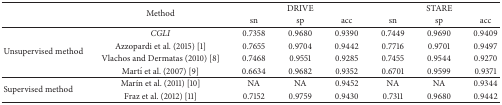
| <ROWSPAN=2>  | <ROWSPAN=2> Method | <COLSPAN=3> DRIVE | <COLSPAN=3> STARE |
 | sn | sp | acc | sn | sp | acc |
 | --- | --- | --- | --- | --- | --- | --- | --- |
 | <ROWSPAN=4> Unsupervised method | CGLI | 0.7358 | 0.9680 | 0.9390 | 0.7449 | 0.9690 | 0.9409 |
 | Azzopardi et al. (2015) [1] | 0.7655 | 0.9704 | 0.9442 | 0.7716 | 0.9701 | 0.9497 |
 | Vlachos and Dermatas (2010) [8] | 0.7468 | 0.9551 | 0.9285 | 0.7455 | 0.9544 | 0.9270 |
 | Martí et al. (2007) [9] | 0.6634 | 0.9682 | 0.9352 | 0.6701 | 0.9599 | 0.9371 |
 | <ROWSPAN=2> Supervised method | Marín et al. (2011) [10] | NA | NA | 0.9452 | NA | NA | 0.9344 |
 | Fraz et al. (2012) [11] | 0.7152 | 0.9759 | 0.9430 | 0.7311 | 0.9680 | 0.9442 |